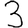
Digit: 3